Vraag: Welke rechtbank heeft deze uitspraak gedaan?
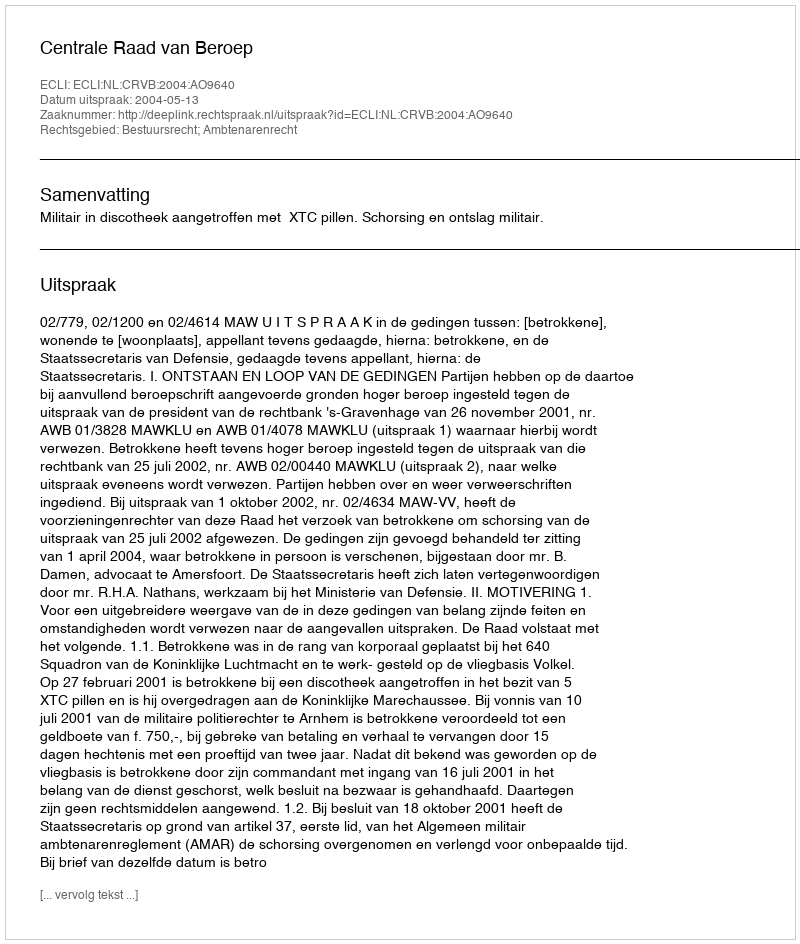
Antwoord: Centrale Raad van Beroep